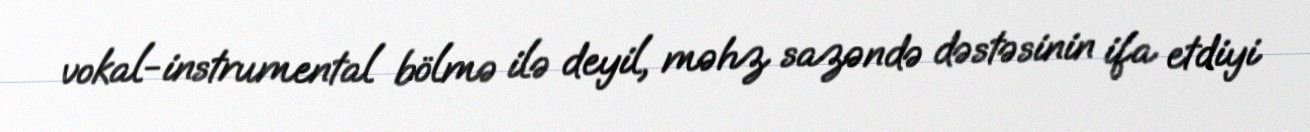
vokal-instrumental bölmə ilə deyil, məhz sazəndə dəstəsinin ifa etdiyi